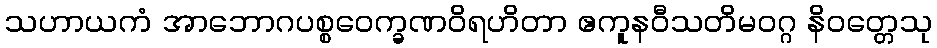
သဟာယကံ အာဘောဂပစ္စဝေက္ခဏဝိရဟိတာ ဧကူနဝီသတိမဝဂ္ဂ နိဝတ္တေသု